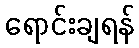
ရောင်းချရန်